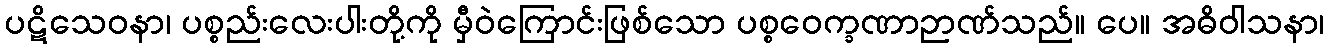
ပဋိသေဝနာ၊ ပစ္စည်းလေးပါးတို့ကို မှီဝဲကြောင်းဖြစ်သော ပစ္စဝေက္ခဏာဉာဏ်သည်။ ပေ။ အဓိဝါသနာ၊